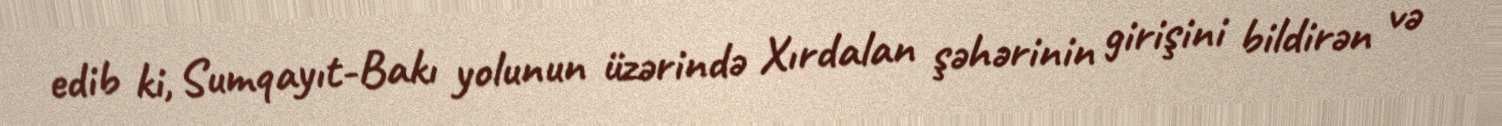
edib ki, Sumqayıt-Bakı yolunun üzərində Xırdalan şəhərinin girişini bildirən və